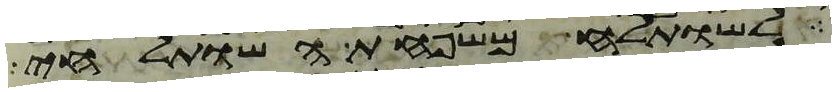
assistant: לשותלח משפחת השותלחי